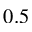
0 . 5